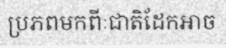
ប្រភពមកពីៈជាតិដែកអាច